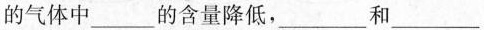
的气体中 ___ 的含量降低，___和___